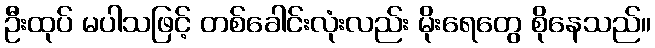
ဦးထုပ် မပါသဖြင့် တစ်ခေါင်းလုံးလည်း မိုးရေတွေ စိုနေသည်။